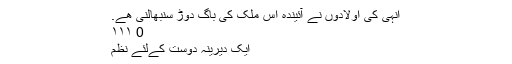
انہی کی اولادوں نے آئیندہ اس ملک کی باگ دوڑ سنبھالنی ھے.
0 ۱۱۱
ایک دیرینہ دوست کےلئے نظم